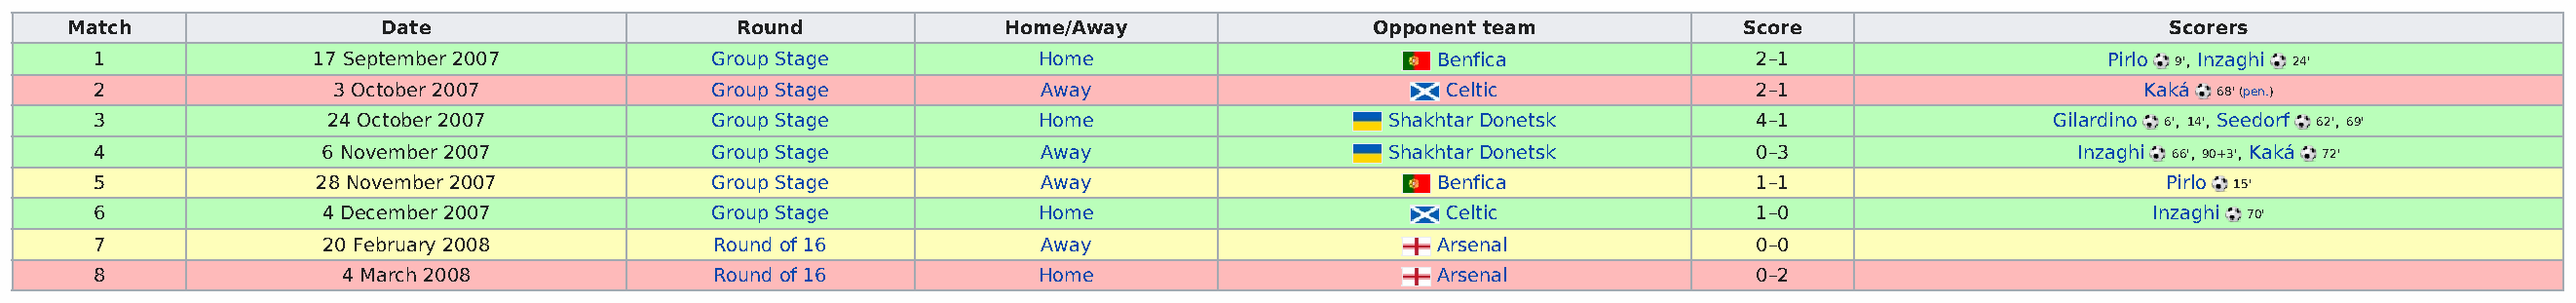
Match                Date                    Round             Home/Away                Opponent team            Score                        Scorers
 1              17 September 2007          Group Stage            Home                       Benfica              2–1                     Pirlo 9', Inzaghi 24'
 2                3 October 2007           Group Stage            Away                       Celtic               2–1                        Kaká 68' (pen.)
 3               24 October 2007           Group Stage            Home                   Shakhtar Donetsk         4–1                 Gilardino 6', 14', Seedorf 62', 69'
 4               6 November 2007           Group Stage            Away                   Shakhtar Donetsk         0–3                   Inzaghi 66', 90+3', Kaká 72'
 5              28 November 2007           Group Stage            Away                       Benfica              1–1                         Pirlo 15'
 6               4 December 2007           Group Stage            Home                       Celtic               1–0                        Inzaghi 70'
 7               20 February 2008          Round of 16            Away                       Arsenal              0–0
 8                4 March 2008             Round of 16            Home                       Arsenal              0–2